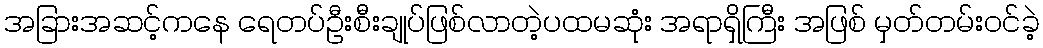
အခြားအဆင့်ကနေ ရေတပ်ဦးစီးချုပ်ဖြစ်လာတဲ့ပထမဆုံး အရာရှိကြီး အဖြစ် မှတ်တမ်းဝင်ခဲ့